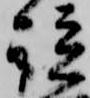
談